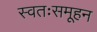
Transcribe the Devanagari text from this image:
स्वतःसमूहन